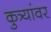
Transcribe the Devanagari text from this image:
कुत्र्यांवर